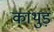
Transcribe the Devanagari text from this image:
काथुड़